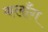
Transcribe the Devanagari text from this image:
कलाँग